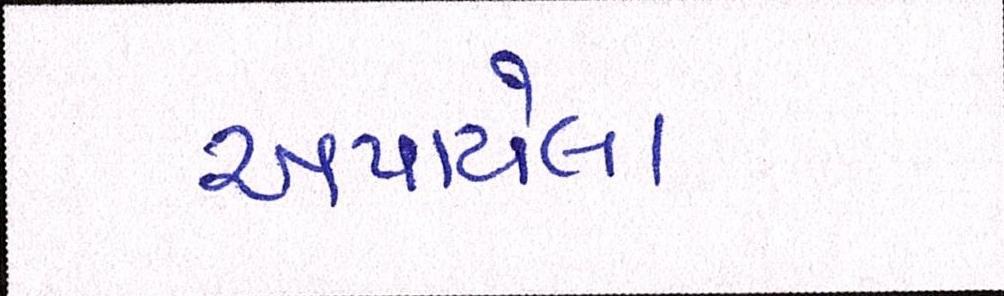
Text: અપાયેલા